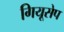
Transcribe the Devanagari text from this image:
गियूसेप